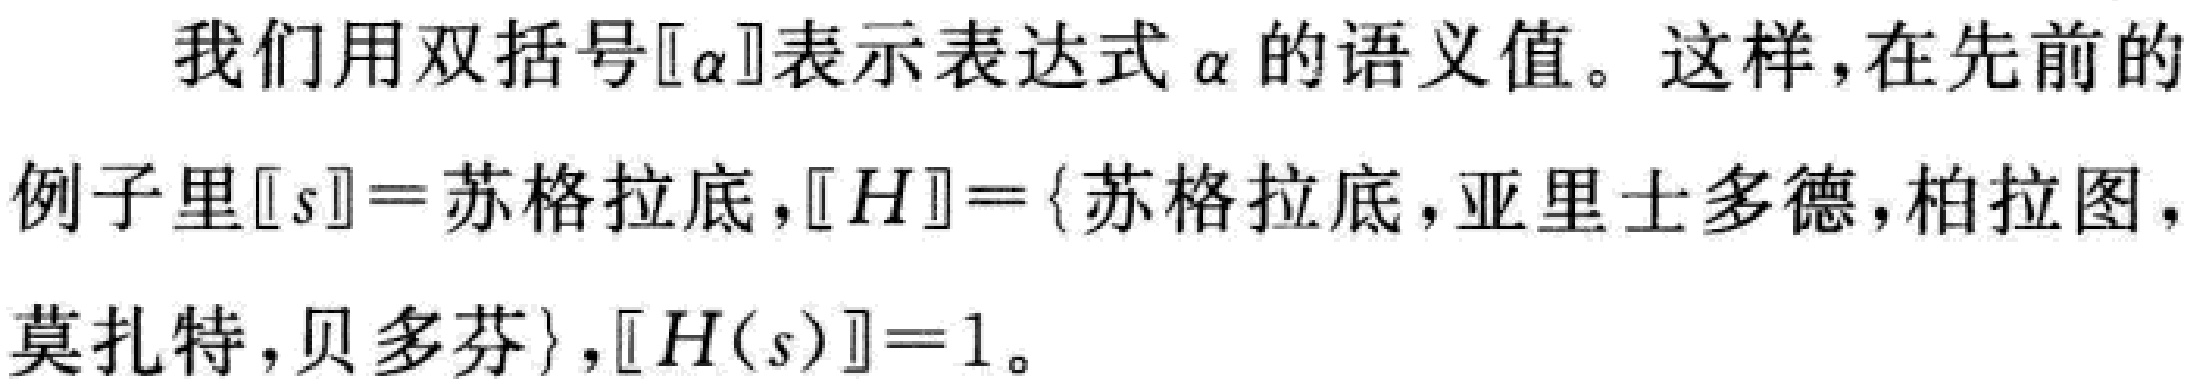
我们用双括号\([[\alpha]]\)表示表达式\(\alpha\)的语义值。这样，在先前的例子里\([[s]] = \)苏格拉底，\([[H]] = \{\)苏格拉底，亚里士多德，柏拉图，莫扎特，贝多芬\(\}\)，\([[H(s)]] = 1\)。